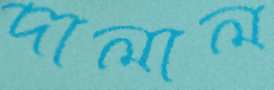
দালাল